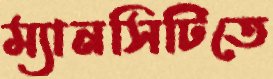
ম্যানসিটিতে